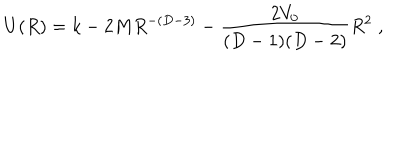
U ( R ) = k - 2 M R ^ { - ( D - 3 ) } - { \frac { 2 V _ { 0 } } { ( D - 1 ) ( D - 2 ) } } R ^ { 2 } \; ,